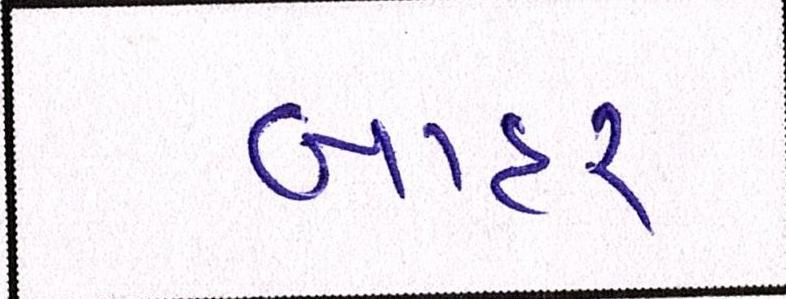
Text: બાહર